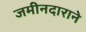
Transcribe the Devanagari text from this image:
जमीनदाराने